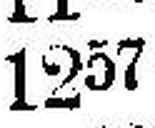
1257